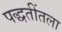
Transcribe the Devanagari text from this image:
पद्धतींतला